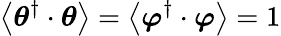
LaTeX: \left\langle\boldsymbol{\theta}^{\dagger}\cdot\boldsymbol{\theta}\right\rangle=\left\langle\boldsymbol{\varphi}^{\dagger}\cdot\boldsymbol{\varphi}\right\rangle=1